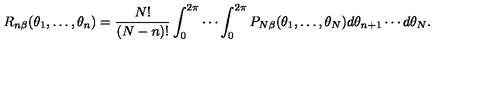
R _ { n \beta } ( \theta _ { 1 } , \ldots , \theta _ { n } ) = { \frac { N ! } { ( N - n ) ! } } \int _ { 0 } ^ { 2 \pi } \cdots \int _ { 0 } ^ { 2 \pi } P _ { N \beta } ( \theta _ { 1 } , \ldots , \theta _ { N } ) d \theta _ { n + 1 } \cdots d \theta _ { N } .